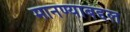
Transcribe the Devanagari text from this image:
मानण्याबद्दल